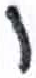
אות: ו